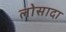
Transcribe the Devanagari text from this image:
लोसादा